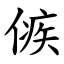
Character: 㑵